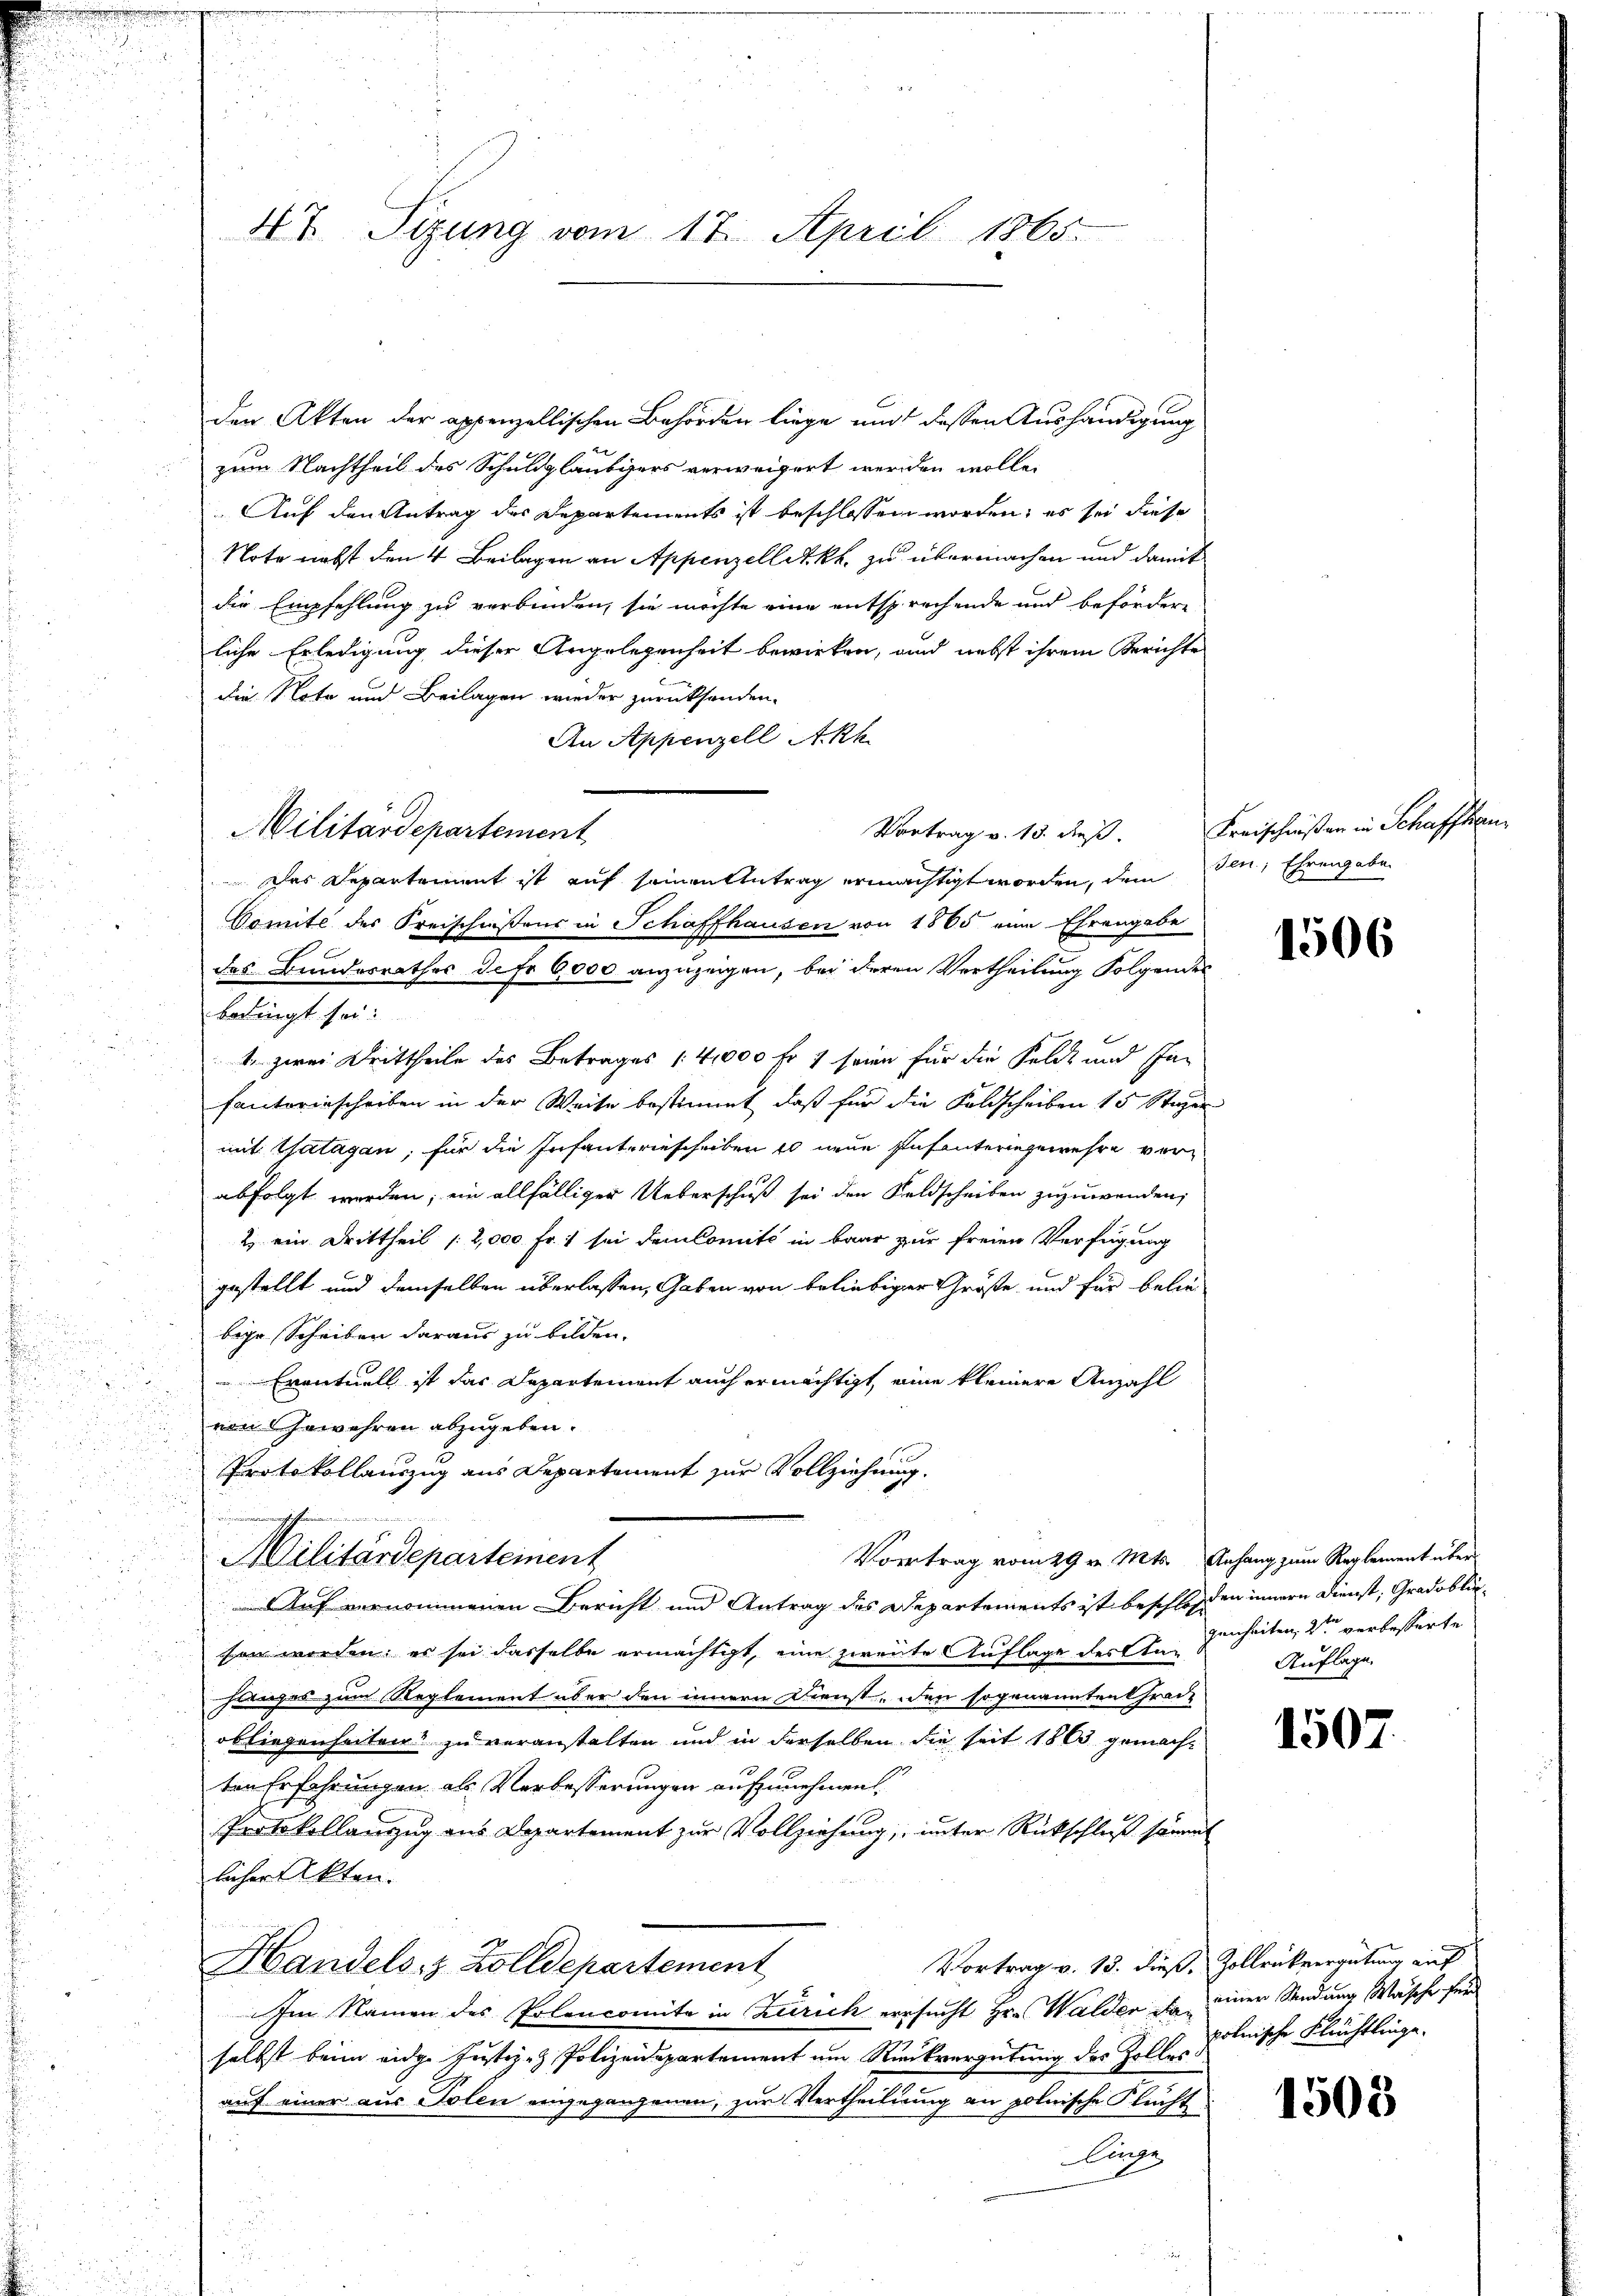
.

den Akten der appenzellischen Behörden liege und dessen Aushändigung
zum Nachtheil des Schuldgläubigers verweigert werden wolle.
Auf den Antrag des Departements ist beschlossen worden; es sei diese
Note nebst den 4 Beilagen an Appenzellet kk. zu übermachen und damit
die Empfehlung zu verbinden, sie möchte eine entsprechende und befördere
liche Erledigung dieser Angelegenheit bewirken, und nebst ihrem Berichte
die Note und Beilagen wieder zurücksenden.
An Appenzell A.Rh.
Comite des Kreischnißens in Schaffhausen von 1865 eine Ehrengabe
des Bundesrathes de fr 6,000 anzuzeigen, bei deren Vertheilung Folgendes
bedingt sei.
1. zwei Drittheile des Betrages (4,000 Fr. 7 seien für die Felde und In
fautorischeiben in der Weise bestimmt, daß für die Foldscheiben 15 Stager
mit Catagan; für die Infanterinscheiben es neue Infanteringewehre verabfolgt werden; ein allfälliger Ueberschuß sei den Feldscheiben zuzuwenden,
2) ein Drittheil (2,000 Fr. sei dem Comité in baar zur freien Verfügung
gestellt und demselben überlassen, Gaben von beliebiger Größe und für beliebige Scheiben daraus zu bilden.
Eventuell ist das Departement auch ermächtigt, eine kleinere Anzahl
2
u
u
von Gewehren abzugeben.
.

Protokollauszug aus Departement zur Vollziehung.
.
Vortrag vom 29 v. Mts. Anhang zum Reglement über
Militärdeparteinent
Auf vernommenen Bericht und Antrag des Departements ist beschloßen innern Dienst, Gradobliesen worden: es sei dasselbe ermächtigt, eine zweite Auflage des Ingenheiten, der verbesserte
hanzes zum Reglement über den innern Dienst, den sogenannten Chrad-
obliegenheiten? Zu veranstalten und in derselben die seit 1803 gemachten Erfahrungen als Verbesserungen aufzunehmen,
Protokollauszug aus Departement zur Vollziehung, unter Rückschluß sämmt
licher Akten.
Vortrag v. 15. dieß, Zollrückvergütung auf
Handels z. Zolldepartement
Im Namen des Polencomita in Zürich ersucht Hr. Walder, da einer Sendung Wäsche für
selbst beim eidge Justiz- & Polizeidepartement um Rückvergütung des Zolles
auf einer aus Polen eingegangenen, zur Vertheilung an polnische Flucht
Lange
.

47 Sizung vom 17. April 1865.

Militärdepartement

Das Departement ist auf seinen Antrag ermächtigt worden, dem den, Ehrengabe

Vortrag v. 13. dieß.

Kreischnißen in Schaffhau

1506

Auflage.

1507.

polnische Flüchtlinge.

1503